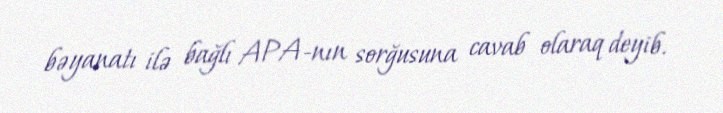
bəyanatı ilə bağlı APA-nın sorğusuna cavab olaraq deyib.